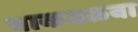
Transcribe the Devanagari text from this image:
चाकतळवा